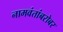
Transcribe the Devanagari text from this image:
नामवंतांबरोबर